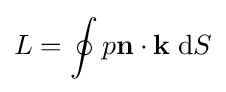
L=\oint p\mathbf {n} \cdot \mathbf {k} \;\mathrm {d} S